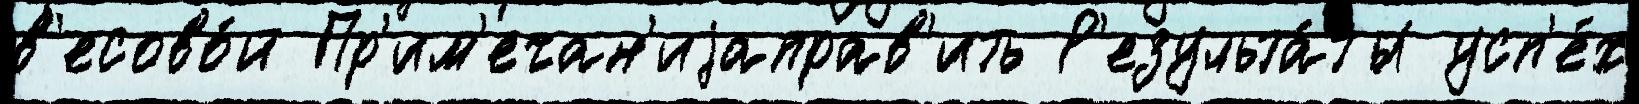
в'есово́й Пр'им'ечан'иjаправ'ить Р'езульта́ты усп'е́х